Report of the Indian Hemp Drugs Commission, 1894-1895 - Volume I
Year: 1894
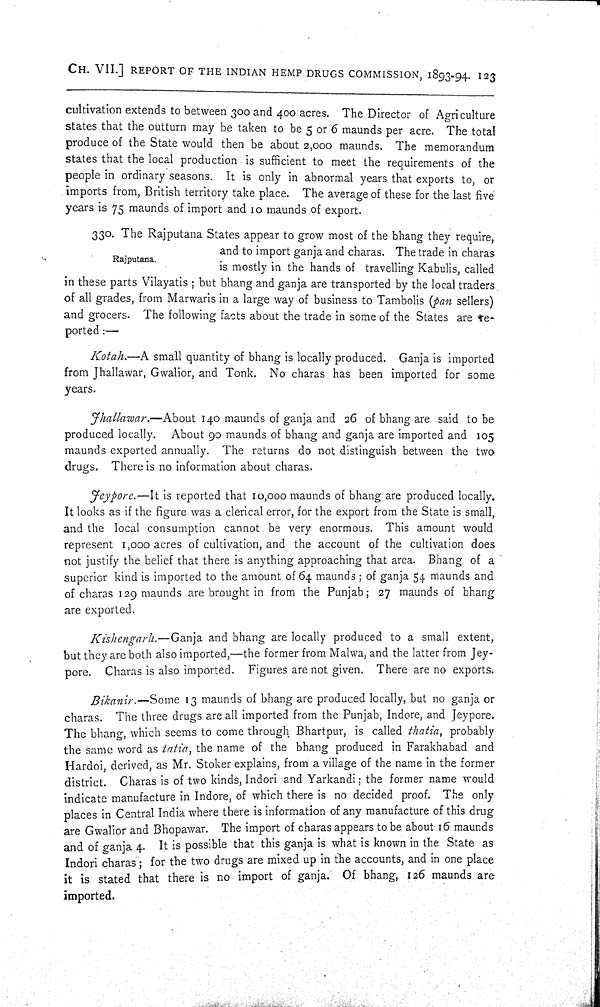
CH. VII.] REPORT OF THE INDIAN HEMP DRUGS COMMISSION, 1893-94. 123
cultivation extends to between 300 and 400 acres. The Director of Agriculture
states that the outturn may be taken to be 5 or 6 maunds per acre. The total
produce of the State would then be about 2,000 maunds. The memorandum
states that the local production is sufficient to meet the requirements of the
people in ordinary seasons. It is only in abnormal years that exports to, or
imports from, British territory take place. The average of these for the last five
years is 75 maunds of import and 10 maunds of export.
Rajputana.
330. The Rajputana States appear to grow most of the bhang they require,
and to import ganja and charas. The trade in charas
is mostly in the hands of travelling Kabulis, called
in these parts Vilayatis; but bhang and ganja are transported by the local traders
of all grades, from Marwaris in a large way of business to Tambolis (pan sellers)
and grocers. The following facts about the trade in some of the States are re-
ported:—
Kotah.—A small quantity of bhang is locally produced. Ganja is imported
from Jhallawar, Gwalior, and Tonk. No charas has been imported for some
years.
Jhallawar.—About 140 maunds of ganja and 26 of bhang are said to be
produced locally. About 90 maunds of bhang and ganja are imported and 105
maunds exported annually. The returns do not distinguish between the two
drugs. There is no information about charas.
Jeypore.—It is reported that 10,000 maunds of bhang are produced locally.
It looks as if the figure was a clerical error, for the export from the State is small,
and the local consumption cannot be very enormous. This amount would
represent 1,000 acres of cultivation, and the account of the cultivation does
not justify the belief that there is anything approaching that area. Bhang of a
superior kind is imported to the amount of 64 maunds; of ganja 54 maunds and
of charas 129 maunds are brought in from the Punjab; 27 maunds of bhang
are exported.
Kishengarh.—Ganja and bhang are locally produced to a small extent,
but they are both also imported,—the former from Malwa, and the latter from Jey-
pore. Charas is also imported. Figures are not given. There are no exports.
Bikanir.—Some 13 maunds of bhang are produced locally, but no ganja or
charas. The three drugs are all imported from the Punjab, Indore, and Jeypore.
The bhang, which seems to come through Bhartpur, is called thatia, probably
the same word as tatia, the name of the bhang produced in Farakhabad and
Hardoi, derived, as Mr. Stoker explains, from a village of the name in the former
district. Charas is of two kinds, Indori and Yarkandi; the former name would
indicate manufacture in Indore, of which there is no decided proof. The only
places in Central India where there is information of any manufacture of this drug
are Gwalior and Bhopawar. The import of charas appears to be about 16 maunds
and of ganja 4. It is possible that this ganja is what is known in the State as
Indori charas; for the two drugs are mixed up in the accounts, and in one place
it is stated that there is no import of ganja. Of bhang, 126 maunds are
imported.